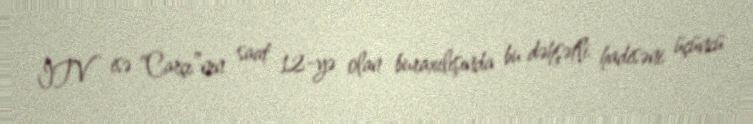
İTV isə “Carçı”nın saat 12-yə olan buraxılışında bu dəhşətli hadisəni üçüncü